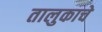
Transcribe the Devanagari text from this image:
तालुकाचे